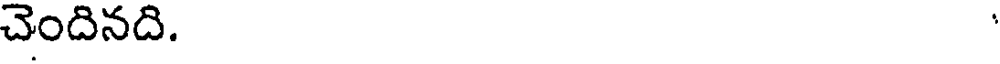
చెందినది.